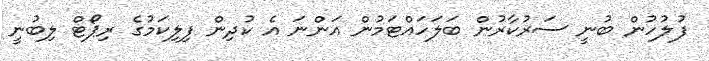
ފުލުހުން ބުނީ ސަރުކާރުން ބަލަހައްޓަމުން އަންނަ އެ ކުދިން ފިލިކަމުގެ ރިޕޯޓް ލިބުނީ